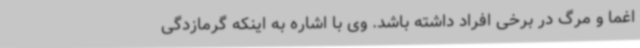
اغما و مرگ در برخی افراد داشته باشد. وی با اشاره به اینکه گرمازدگی